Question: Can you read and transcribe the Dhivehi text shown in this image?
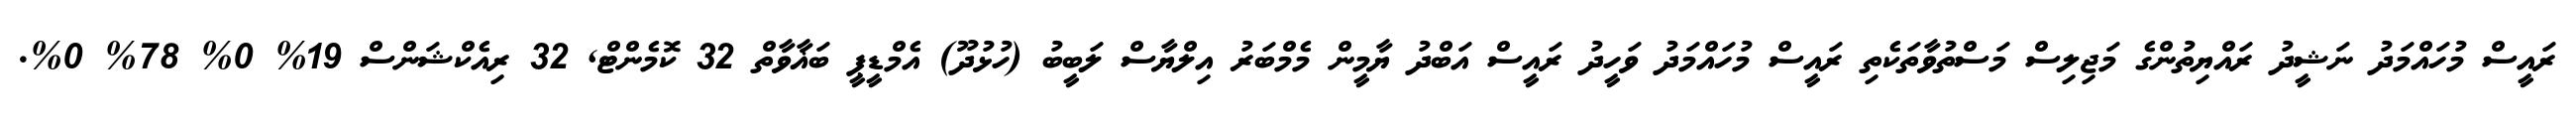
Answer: ރައީސް މުހައްމަދު ނަޝީދު ރައްޔިތުންގެ މަޖިލިސް މަސްތުވާތަކެތި ރައީސް މުހައްމަދު ވަހީދު ރައީސް އަބްދު ޔާމީން މެމްބަރު އިލްޔާސް ލަބީބު (ހުޅުދޫ) އެމްޑީޕީ ބަޣާވާތް 32 ކޮމެންޓް, 32 ރިއެކްޝަންސް 19% 0% 78% 0%.